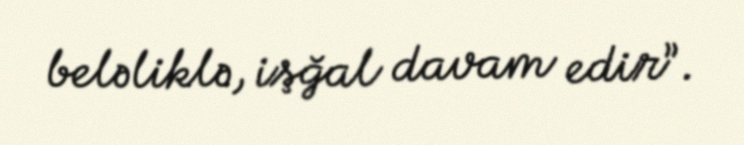
beləliklə, işğal davam edir”.